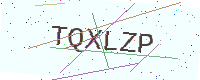
Text: TQXLZP